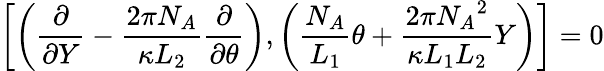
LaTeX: \left[\left(\frac{\partial}{\partial Y}-\frac{2\pi N_{A}}{\kappa L_{2}}\frac{\partial}{\partial\theta}\right),\left(\frac{N_{A}}{L_{1}}\theta+\frac{2\pi{N_{A}}^{2}}{\kappa L_{1}L_{2}}Y\right)\right]=0